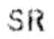
SR